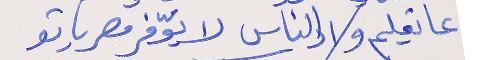
عا تعليم ولاد الناس      لا يوفّر مصرياتو